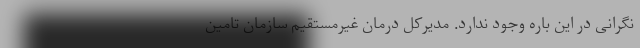
نگرانی در این باره وجود ندارد. مدیرکل درمان غیرمستقیم سازمان تامین